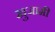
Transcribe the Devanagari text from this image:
खुजामी